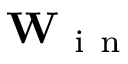
\mathbf { W } _ { \mathrm { ~ i ~ n ~ } }